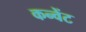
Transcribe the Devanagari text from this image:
कन्वेंट